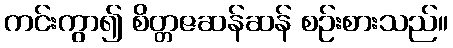
ကင်းကွာ၍ စိတ္တဇဆန်ဆန် စဉ်းစားသည်။